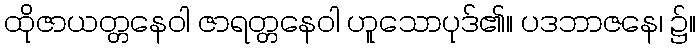
ထိုဇာယတ္တနေဝါ ဇာရတ္တနေဝါ ဟူသောပုဒ်၏။ ပဒဘာဇနေ၊ ၌။